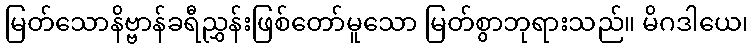
မြတ်သောနိဗ္ဗာန်ခရီညွှန်းဖြစ်တော်မူသော မြတ်စွာဘုရားသည်။ မိဂဒါယေ၊